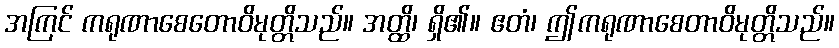
အကြင် ကရုဏာစေတောဝိမုတ္တိသည်။ အတ္ထိ၊ ရှိ၏။ ဧတံ၊ ဤကရုဏာစေတာဝိမုတ္တိသည်။